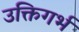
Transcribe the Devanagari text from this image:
उक्तिगर्भ